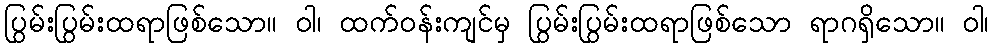
ပြွမ်းပြွမ်းထရာဖြစ်သော။ ဝါ၊ ထက်ဝန်းကျင်မှ ပြွမ်းပြွမ်းထရာဖြစ်သော ရာဂရှိသော။ ဝါ၊